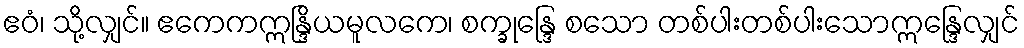
ဧဝံ၊ သို့လျှင်။ ဧကေကဣန္ဒြိယမူလကေ၊ စက္ခုန္ဒြေ စသော တစ်ပါးတစ်ပါးသောဣန္ဒြေလျှင်